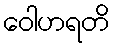
ဝေါဟရတိ